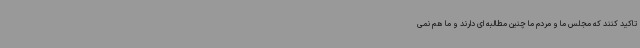
تاکید کنند که مجلس ما و مردم ما چنین مطالبه ای دارند و ما هم نمی